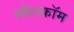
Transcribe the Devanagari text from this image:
क्वैलकॉम